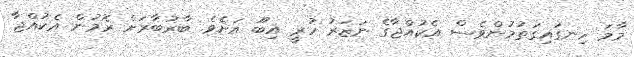
މާމަ ހިނގައިގަތުމުންވެސް އެކުއްޖާގެ ނަޒަރު ހުރީ އިބޫ އަށެވެ. ބާރުބާރަށް ރޮމުން އެކުއްޖާ